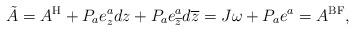
\begin{align*}\tilde{A} = A^{{\rm H}} + P_{a}e^{a}_{z}dz + P_{a}e^{a}_{\overline{z}}d\overline{z}=J\omega + P_{a}e^{a} = A^{{\rm BF}},\end{align*}